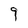
Character: 9